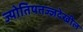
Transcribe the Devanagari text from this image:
ज्योतिषतज्ज्ञदेखील